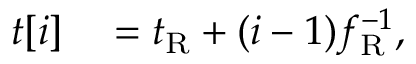
\begin{array} { r l } { t [ i ] } & { { } = t _ { \mathrm { R } } + ( i - 1 ) f _ { \mathrm { R } } ^ { - 1 } , } \end{array}